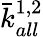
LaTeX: \bar{k}_{all}^{1,2}